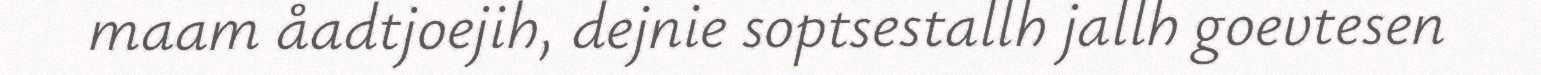
maam åadtjoejih, dejnie soptsestallh jallh goevtesen